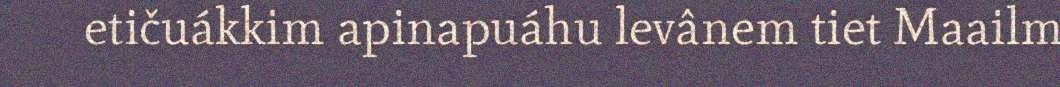
etičuákkim apinapuáhu levânem tiet Maailm